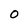
Character: O